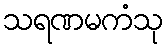
သရဏမကံသု